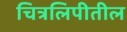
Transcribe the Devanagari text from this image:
चित्रलिपीतील